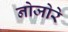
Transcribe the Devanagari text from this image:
नोजोरे